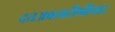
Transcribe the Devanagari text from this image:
दत्तअवतारीश्रीपाद